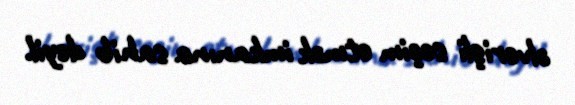
əlverişli seçim etmək imkanına sahib deyil.